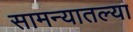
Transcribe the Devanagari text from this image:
सामन्यातल्या